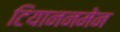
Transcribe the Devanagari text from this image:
टियाननमेन